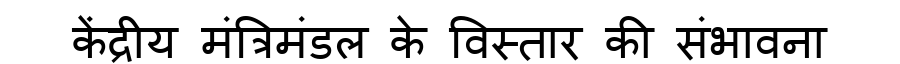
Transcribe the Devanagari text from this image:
केंद्रीय मंत्रिमंडल के विस्तार की संभावना